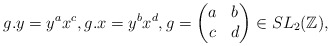
\begin{align*}g.y = y^ax^c, g.x = y^bx^d, g =\begin{pmatrix}a&b\\c&d\end{pmatrix} \in SL_2(\mathbb{Z}),\end{align*}